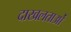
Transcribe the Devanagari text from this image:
दाखलताओं